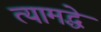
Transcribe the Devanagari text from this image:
त्यामद्धे